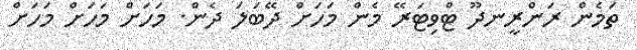
ތަމެން ރަންރީނދޫ ޓްވިޓަރޭ މެން މަހަށް ދޭބަލަ ދެން. މަހަށް މަހަށް މަހަށް